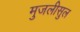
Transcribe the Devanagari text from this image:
मुजलीसुल